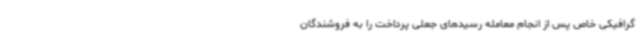
گرافیکی خاص پس از انجام معامله رسیدهای جعلی پرداخت را به فروشندگان